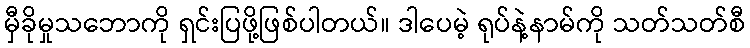
မှီခိုမှုသဘောကို ရှင်းပြဖို့ဖြစ်ပါတယ်။ ဒါပေမဲ့ ရုပ်နဲ့နာမ်ကို သတ်သတ်စီ